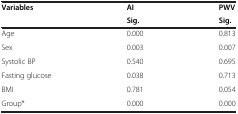
<table><thead><tr><td><b>Variables</b></td><td><b>AI</b></td><td><b>PWV</b></td></tr><tr><td>[EMPTY_CELL]</td><td><b>Sig.</b></td><td><b>Sig.</b></td></tr></thead><tbody><tr><td>Age</td><td>0.000</td><td>0.813</td></tr><tr><td>Sex</td><td>0.003</td><td>0.007</td></tr><tr><td>Systolic BP</td><td>0.540</td><td>0.695</td></tr><tr><td>Fasting glucose</td><td>0.038</td><td>0.713</td></tr><tr><td>BMI</td><td>0.781</td><td>0.054</td></tr><tr><td>Group*</td><td>0.000</td><td>0.000</td></tr></tbody></table>